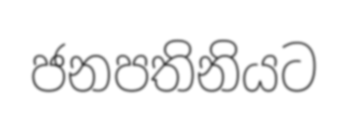
ජනපතිනියට